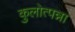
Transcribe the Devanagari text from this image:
कुलोत्पन्ना